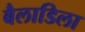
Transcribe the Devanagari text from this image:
बैलाडिला